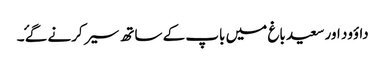
داؤود اور سعید باغ میں باپ کے ساتھ سیر کرنے گۓ ۔